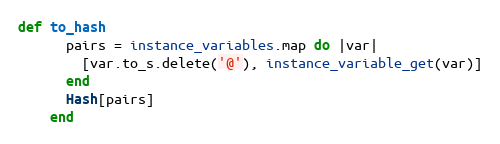
Language: Ruby
def to_hash
      pairs = instance_variables.map do |var|
        [var.to_s.delete('@'), instance_variable_get(var)]
      end
      Hash[pairs]
    end